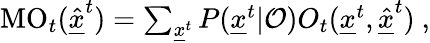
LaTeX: \begin{array}{r}{\mathrm{MO}_{t}(\underline{{\hat{x}}}^{t})=\sum_{\underline{{x}}^{t}}P(\underline{{x}}^{t}|\mathcal{O})O_{t}(\underline{{x}}^{t},\underline{{\hat{x}}}^{t})\ ,}\end{array}